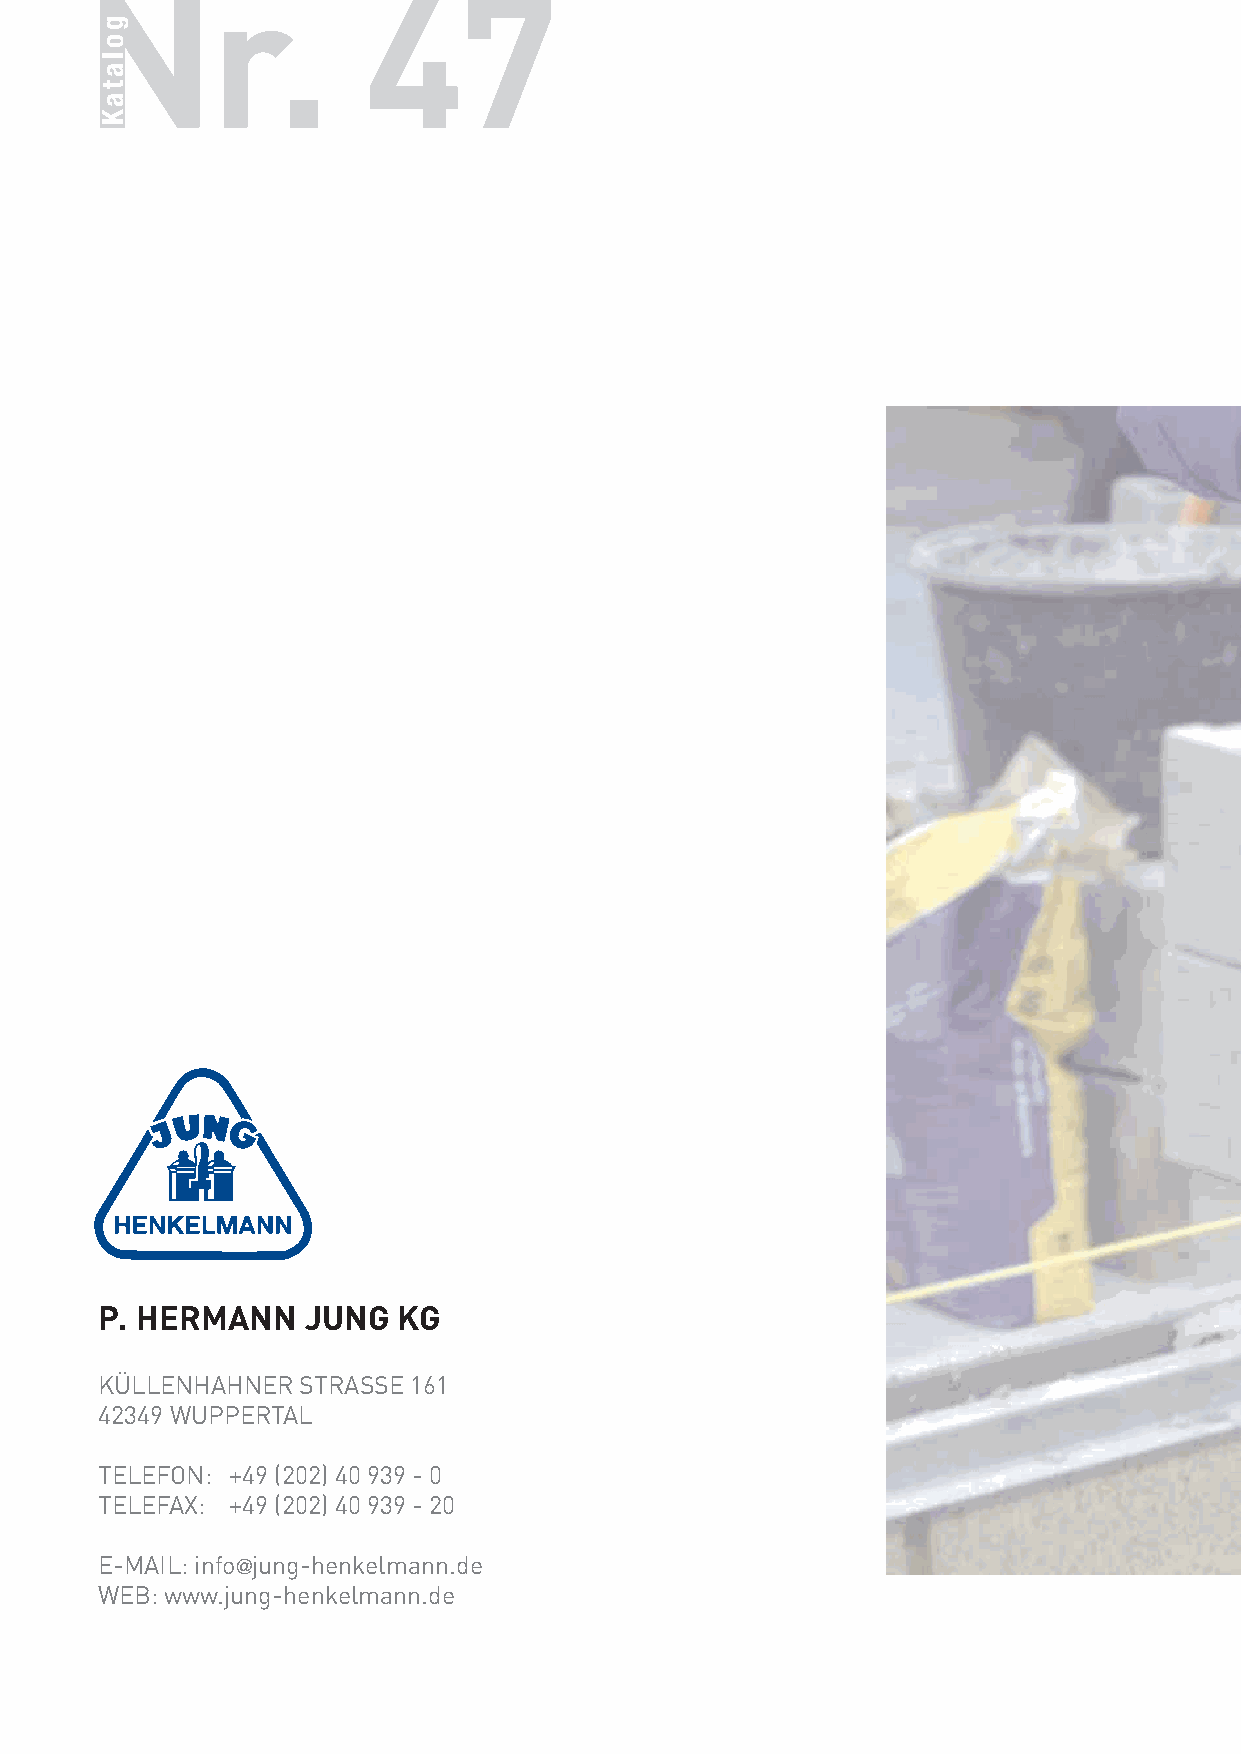
Nr.               47
 PROFIQUALITÄT
 P. HERMANN    JUNG  KG
 KÜLLENHAHNER  STRASSE 161
 42349 WUPPERTAL
 TELEFON: +49 (202) 40 939 - 0
 TELEFAX: +49 (202) 40 939 - 20
 E-MAIL: info@jung-henkelmann.de
 WEB: www.jung-henkelmann.de
 golataK